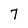
Character: 7